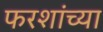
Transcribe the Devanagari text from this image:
फरशांच्या